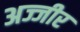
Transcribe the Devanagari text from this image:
अज्जीर